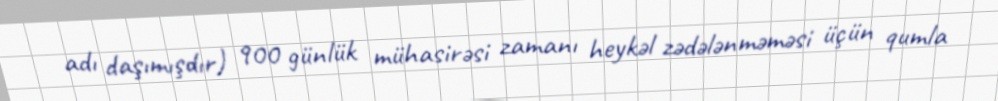
adı daşımışdır) 900 günlük mühasirəsi zamanı heykəl zədələnməməsi üçün qumla